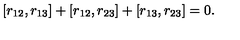
[ r _ { 1 2 } , r _ { 1 3 } ] + [ r _ { 1 2 } , r _ { 2 3 } ] + [ r _ { 1 3 } , r _ { 2 3 } ] = 0 .